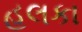
હલકા